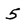
Character: 5